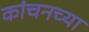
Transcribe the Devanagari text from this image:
कांचनच्या